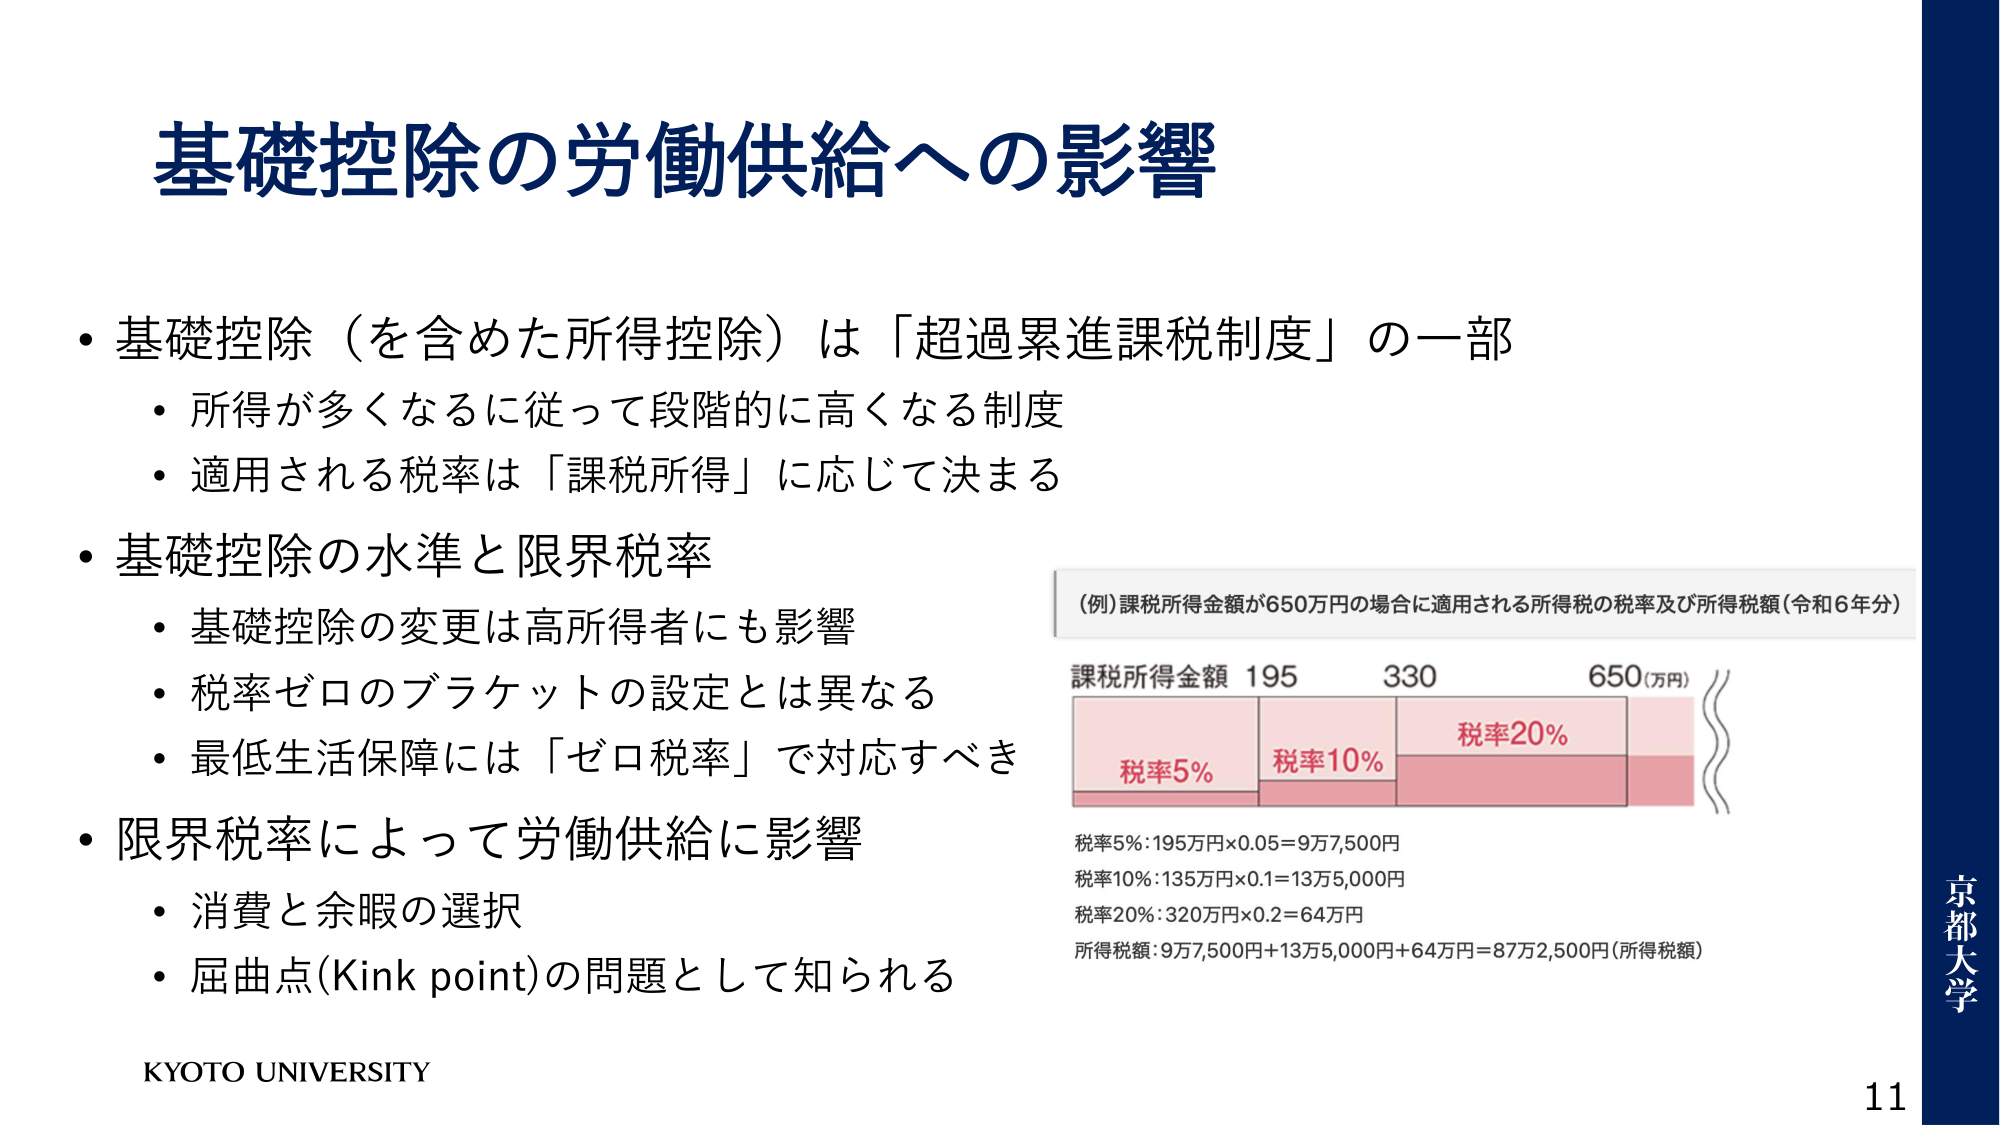
基礎控除の労働供給への影響

・基礎控除（を含めた所得控除）は「超過累進課税制度」の一部
　・所得が多くなるに従って段階的に高くなる制度
　・適用される税率は「課税所得」に応じて決まる

・基礎控除の水準と限界税率
　・基礎控除の変更は高所得者にも影響
　・税率ゼロのブラケットの設定とは異なる
　・最低生活保障には「ゼロ税率」で対応すべき

・限界税率によって労働供給に影響
　・消費と余暇の選択
　・屈曲点(Kink point)の問題として知られる

（例）課税所得金額が650万円の場合に適用される所得税の税率及び所得税額（令和6年分）

課税所得金額 195　　330　　650（万円）

税率5%　　　　　　　税率10%　　　　　税率20%

税率5%：195万円×0.05＝9万7,500円
税率10%：135万円×0.1＝13万5,000円
税率20%：320万円×0.2＝64万円
所得税額：9万7,500円＋13万5,000円＋64万円＝87万2,500円（所得税額）

KYOTO UNIVERSITY

京都大学
11